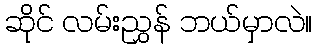
ဆိုင် လမ်းညွှန် ဘယ်မှာလဲ။